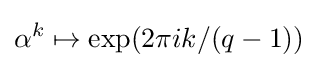
\alpha ^{k}\mapsto \exp(2\pi ik/(q-1))